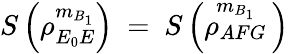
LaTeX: S\left(\rho_{{{E}_{0}}E}^{{{m}_{B_{1}}}}\right)\mathrm{~=~}S\left(\overset{{{m}_{B_{1}}}}{\mathop{{{\rho}_{AFG}}}}\, \right)